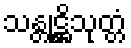
သန္တုဋ္ဌိသုတ္တံ